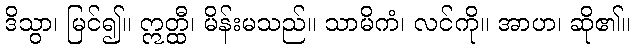
ဒိသွာ၊ မြင်၍။ ဣတ္ထီ၊ မိန်းမသည်။ သာမိကံ၊ လင်ကို။ အာဟ၊ ဆို၏။